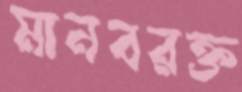
মানবরক্ত